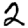
Digit: 2